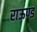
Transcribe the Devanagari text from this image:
राऊण्ड